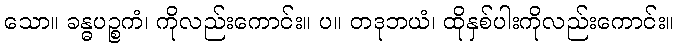
သော။ ခန္ဓပဉ္စကံ၊ ကိုလည်းကောင်း။ ပ။ တဒုဘယံ၊ ထိုနှစ်ပါးကိုလည်းကောင်း။